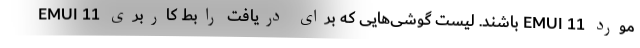
EMUI 11 باشند. لیست گوشی‌هایی که برای دریافت رابط کاربری EMUI 11 مورد